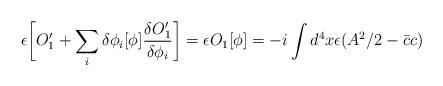
LaTeX: \begin{align*}\epsilon\biggl[O_1^\prime+\sum_i\delta\phi_i[\phi]{\delta O_1^\prime\over{\delta\phi_i}}\biggr]=\epsilon O_1[\phi]=-i\int d^4x\epsilon(A^2/2-{\bar c}c)\end{align*}